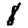
Digit: 8